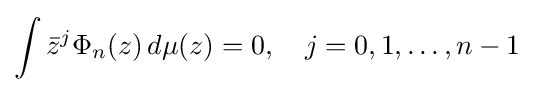
\int {\bar {z}}^{j}\Phi _{n}(z)\,d\mu (z)=0,\quad j=0,1,\dots ,n-1